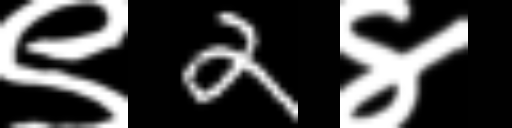
Text: ९2४